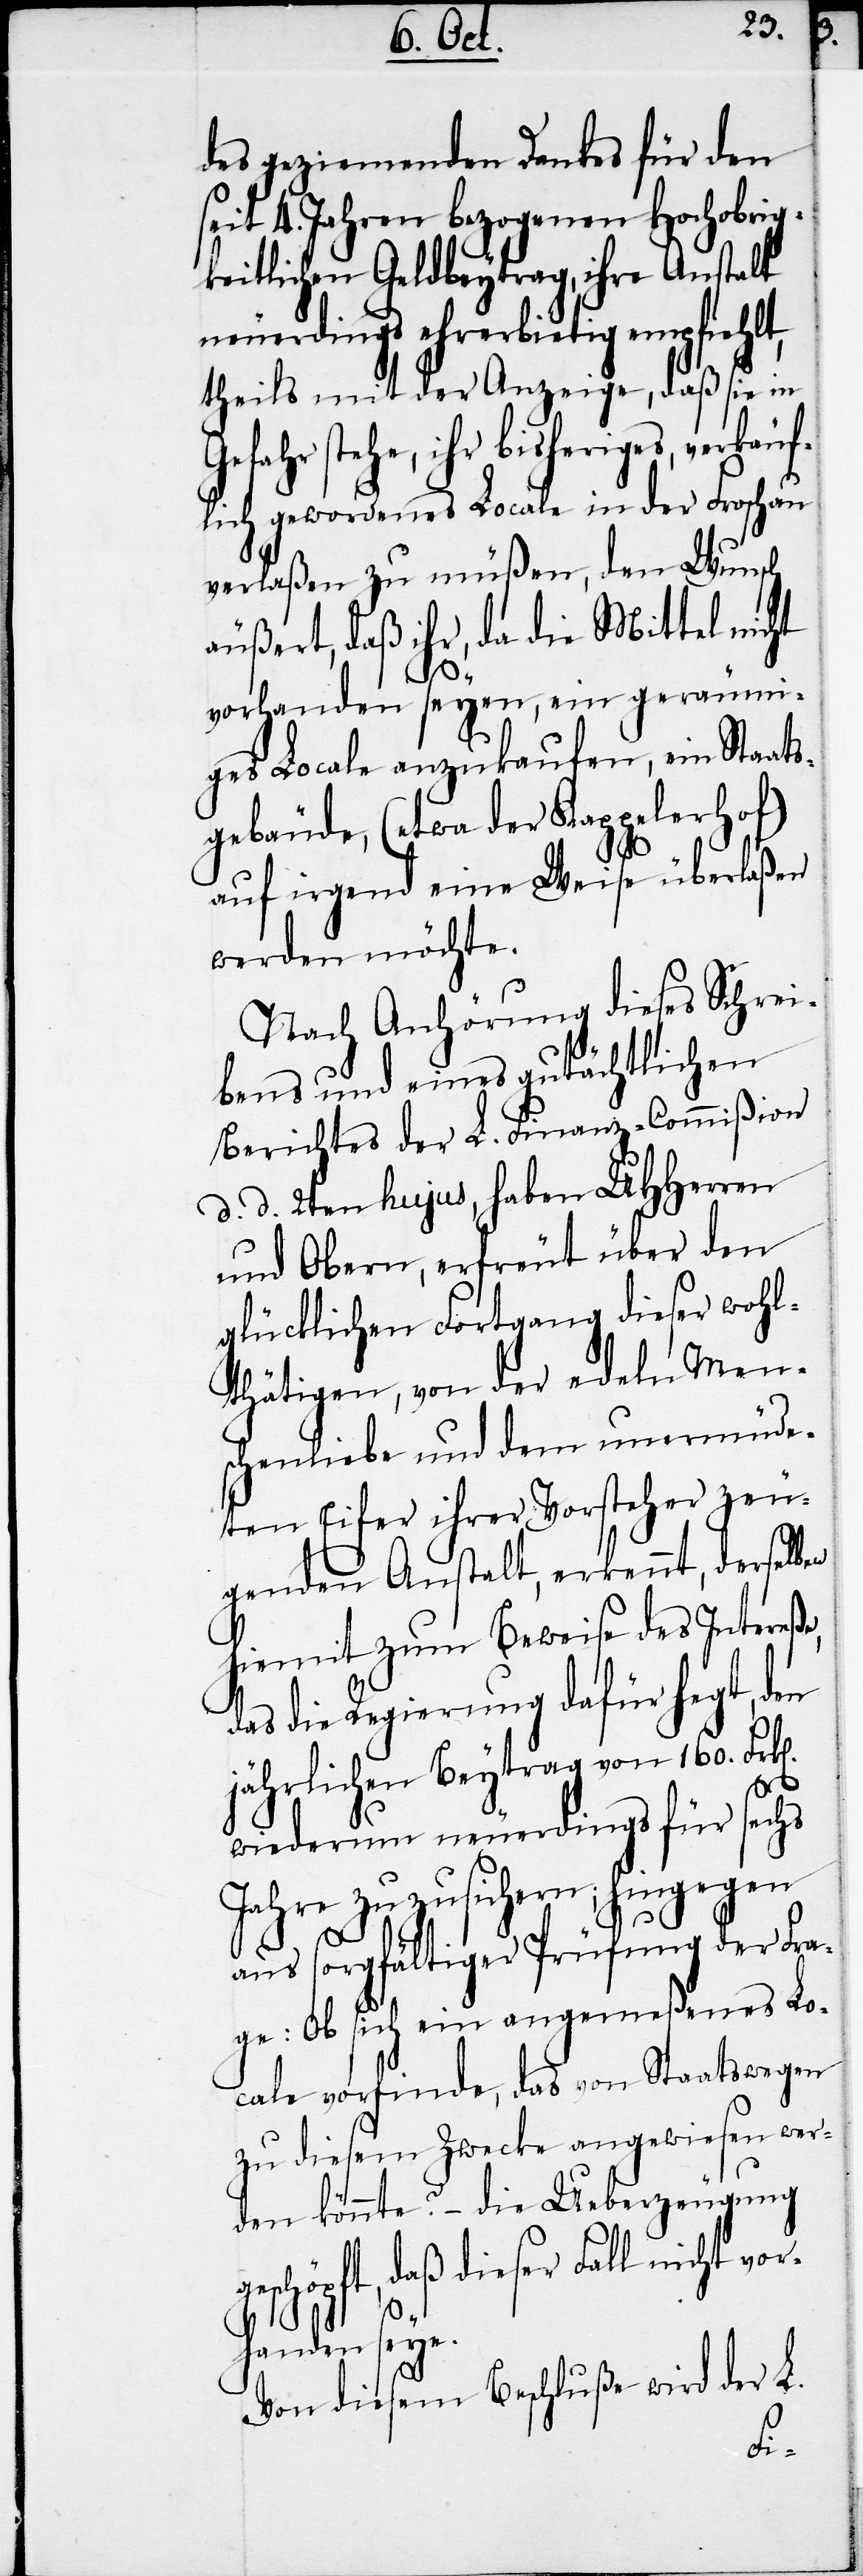
des geziemenden Dankes für den
seit 4. Jahren bezogenen Hochobrig¬
keitlichen Geldbeytrag, ihre Anstalt
neuerdings ehrerbietig empfiehlt,
theils mit der Anzeige, daß sie in
stehe, ihr bisheriges, verkäuf¬
lich gewordenes Locale in der Froschau
verlaßen zu müßen, den Wunsch
äußert, daß ihr, da die Mittel nicht
en
vorhanden seyen, ein geräumi¬
ges Locale anzukaufen, ein Staats¬
gebäude, (etwa der Kappelerhof)
auf irgend eine Weise überlaßen
werden möchte.
Nach Anhörung dieses Schrei¬
bens und eines gutächtlichen
Berichtes der L. Finanz-Commißion
d. d. 2ten hujus, haben UHHerren
und Obern, erfreut über den
glücklichen Fortgang dieser wohl¬
thätigen, von der edeln Men¬
schenliebe und dem unermüde¬
ten Eifer ihrer Vorsteher zeu¬
genden Anstalt, erkennt, derselb¬
hiemit zum Beweise des Intereße,
das die Regierung dafür hegt, den
jährlichen Beytrag von 160.
wiederum neuerdings für sechs
Jahre zuzusichern; hingegen
aus sorgfältiger Prüfung der Fra¬
ge: Ob sich ein angemeßenes Lo¬
cale vorfinde, das von Staatswegen
zu diesem Zwecke angewiesen wer¬
den könnte? – die Ueberzeugung
eschöpft, daß dieser Fall nicht vor¬
handen seye.
Von diesem Beschluße wird der L.
g¬